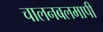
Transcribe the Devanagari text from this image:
चालनबलमापी